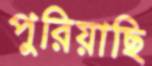
পুরিয়াছি